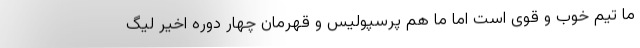
ما تیم خوب و قوی است اما ما هم پرسپولیس و قهرمان چهار دوره اخیر لیگ